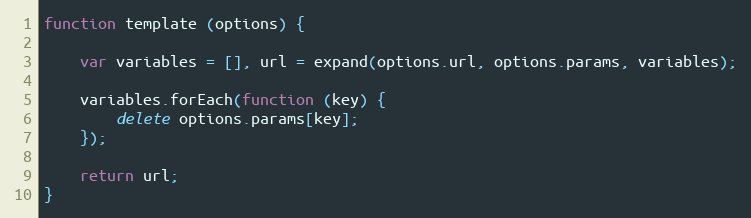
Language: JavaScript
function template (options) {

    var variables = [], url = expand(options.url, options.params, variables);

    variables.forEach(function (key) {
        delete options.params[key];
    });

    return url;
}